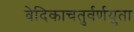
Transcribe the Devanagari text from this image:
वेदिकाचतुर्वर्णयुता